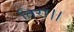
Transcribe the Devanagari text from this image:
तिरा।।